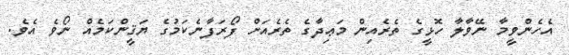
އެހެންވީމާ ނޭވާލާ ހޮޅީގެ ތެރެއިން މަޢިދާގެ ތެރެއަށް ފޯރަފާނެކަމުގެ ޔަޤީންކަމެއް ނޯވެ އެވެ.